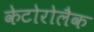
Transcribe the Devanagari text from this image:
केटोरोलैक